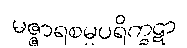
မဇ္ဇာရစမ္မပရိက္ခဋာ